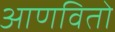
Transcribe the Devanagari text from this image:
आणवितो